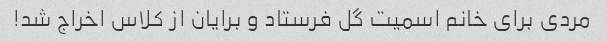
مردی برای خانم اسمیت گل فرستاد و برایان از کلاس اخراج شد!